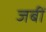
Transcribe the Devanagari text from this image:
जबीं